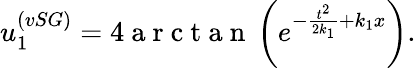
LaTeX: u_{1}^{(vSG)}=4\mathrm{~a~r~c~t~a~n~}\left(e^{-\frac{t^{2}}{2k_{1}}+k_{1}x}\right).